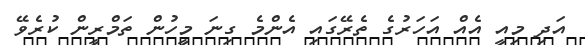
އަދި މިއީ އެއް އަހަރުގެ ތެރޭގައި އެންމެ ގިނަ މީހުން ތަމްރީން ކުރެވޭ